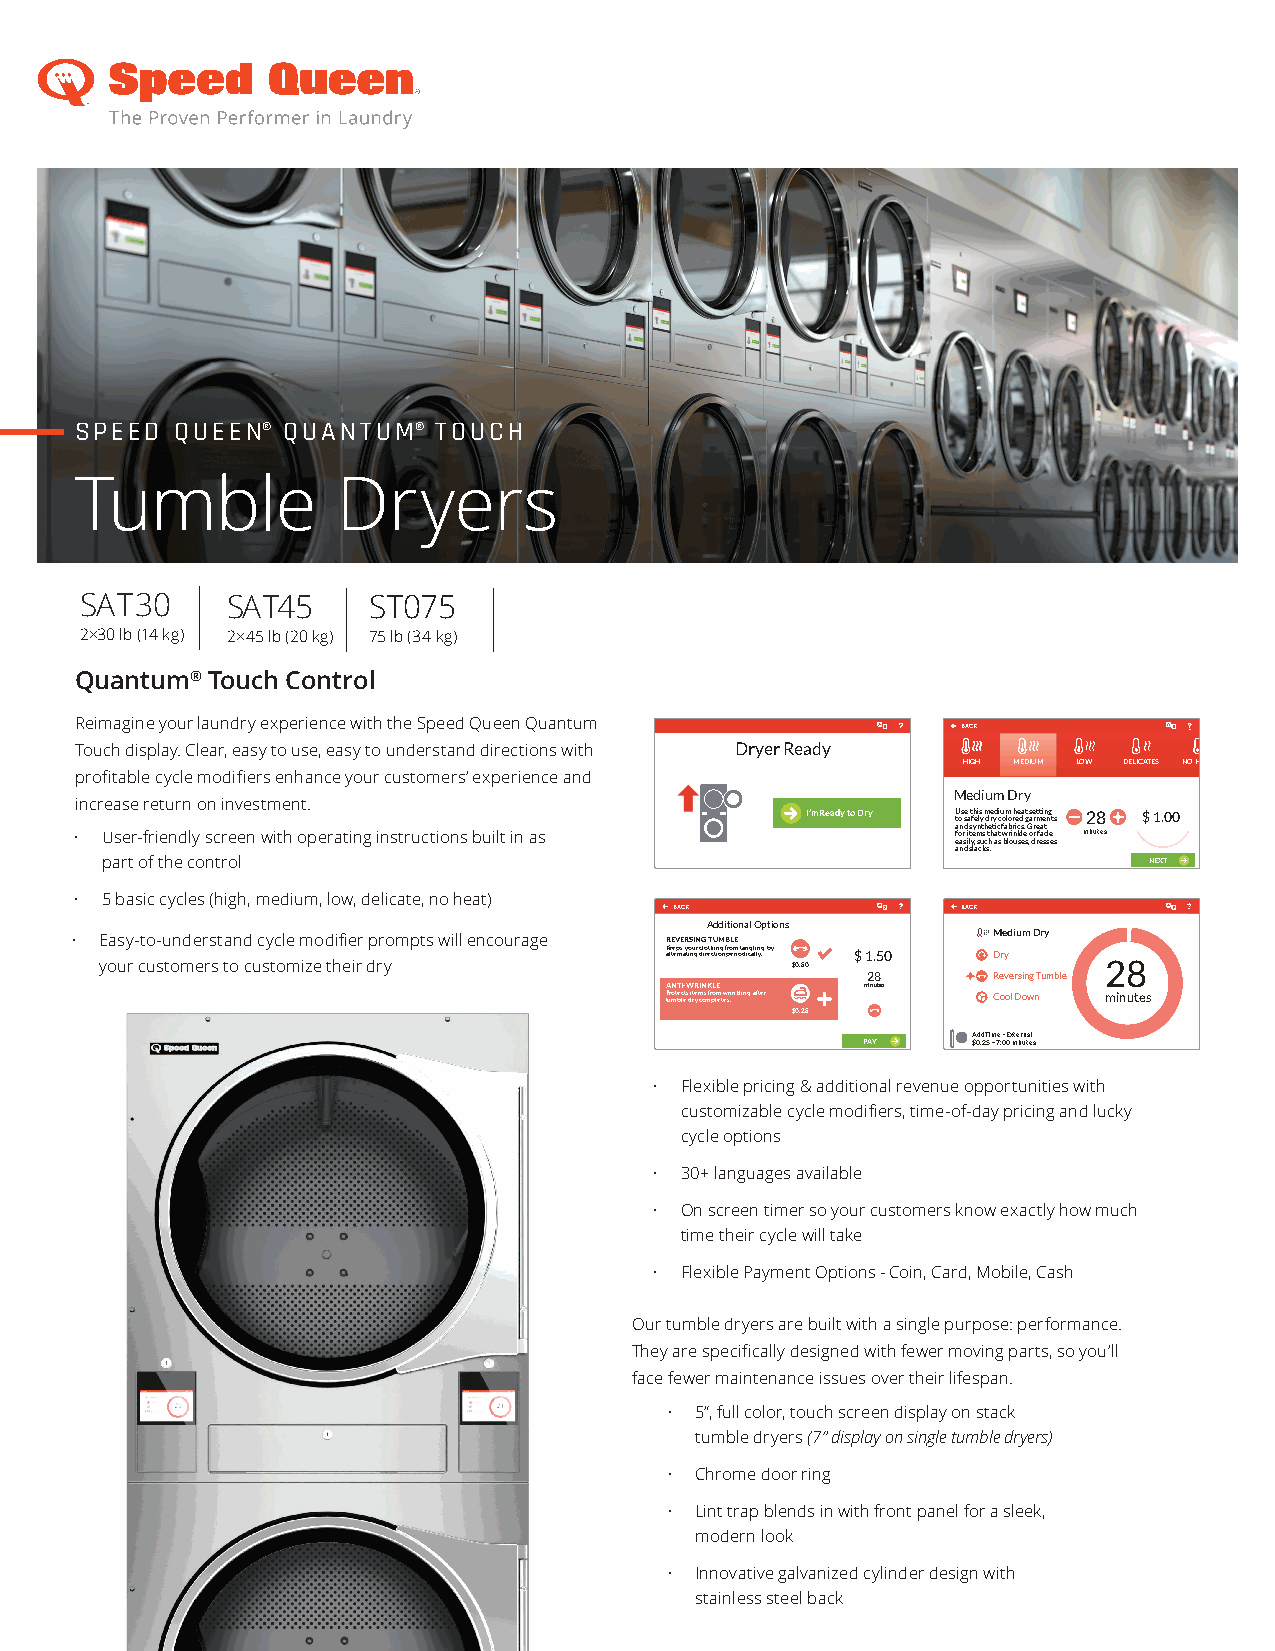
SPEED  QUEEN® QUANTUM®  TOUCH
 Tumble           Dryers
 SAT30     SAT45    ST075
 2×30 lb (14 kg) 2×45 lb (20 kg) 75 lb (34 kg)
 Quantum® Touch Control
 Reimagine your laundry experience with the Speed Queen Quantum
 BACK
 Touch display. Clear, easy to use, easy to understand directions with Dryer Ready
 HIGH MEDIUM LOW DELICATES NO HEAT
 profitable cycle modifiers enhance your customers’ experience and
 Medium Dry
 increase return on investment.
 I’m Ready to Dry U tos se a t fh ei ls y m dre yd ciu om lo rh ee da t g s ae rmtti en ng t s 28 $ 1.00
 • User-friendly screen with operating instructions built in as a fon rd i ts ey mnt sh te ht aic t f wa rb ir ni kcs le. G orr e faa dt e minutes
 easily, such as blouses, dresses
 and slacks.
 part of the control                                                  NEXT
 • 5 basic cycles (high, medium, low, delicate, no heat)
 BACK               BACK
 Additional Options
 Medium Dry
 • Easy-to-understand cycle modifier prompts will encourage REVERSING TUMBLE
 K ale te ep rns a y to inu gr dcl io reth ctin iog n f pro em rio t da in cg al li ln y.g by $ 1.50 Dry
 your customers to customize their dry        $0.50                28
 28       Reversing Tumble
 ANTI-WRINKLE minutes
 P turo mte bc lets d i rt ye m cos m fr po lm et ew sr .inkling after Cool Down minutes
 $0.25
 Add Time - External
 PAY    $0.25 = 7:00 minutes
 • Flexible pricing & additional revenue opportunities with
 customizable cycle modifiers, time-of-day pricing and lucky
 cycle options
 • 30+ languages available
 • On screen timer so your customers know exactly how much
 time their cycle will take
 • Flexible Payment Options - Coin, Card, Mobile, Cash
 Our tumble dryers are built with a single purpose: performance.
 They are specifically designed with fewer moving parts, so you’ll
 face fewer maintenance issues over their lifespan.
 • 5”, full color, touch screen display on stack
 tumble dryers (7” display on single tumble dryers)
 • Chrome door ring
 • Lint trap blends in with front panel for a sleek,
 modern look
 • Innovative galvanized cylinder design with
 stainless steel back